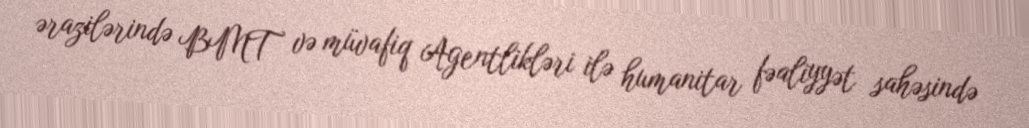
ərazilərində BMT və müvafiq Agentlikləri ilə humanitar fəaliyyət sahəsində